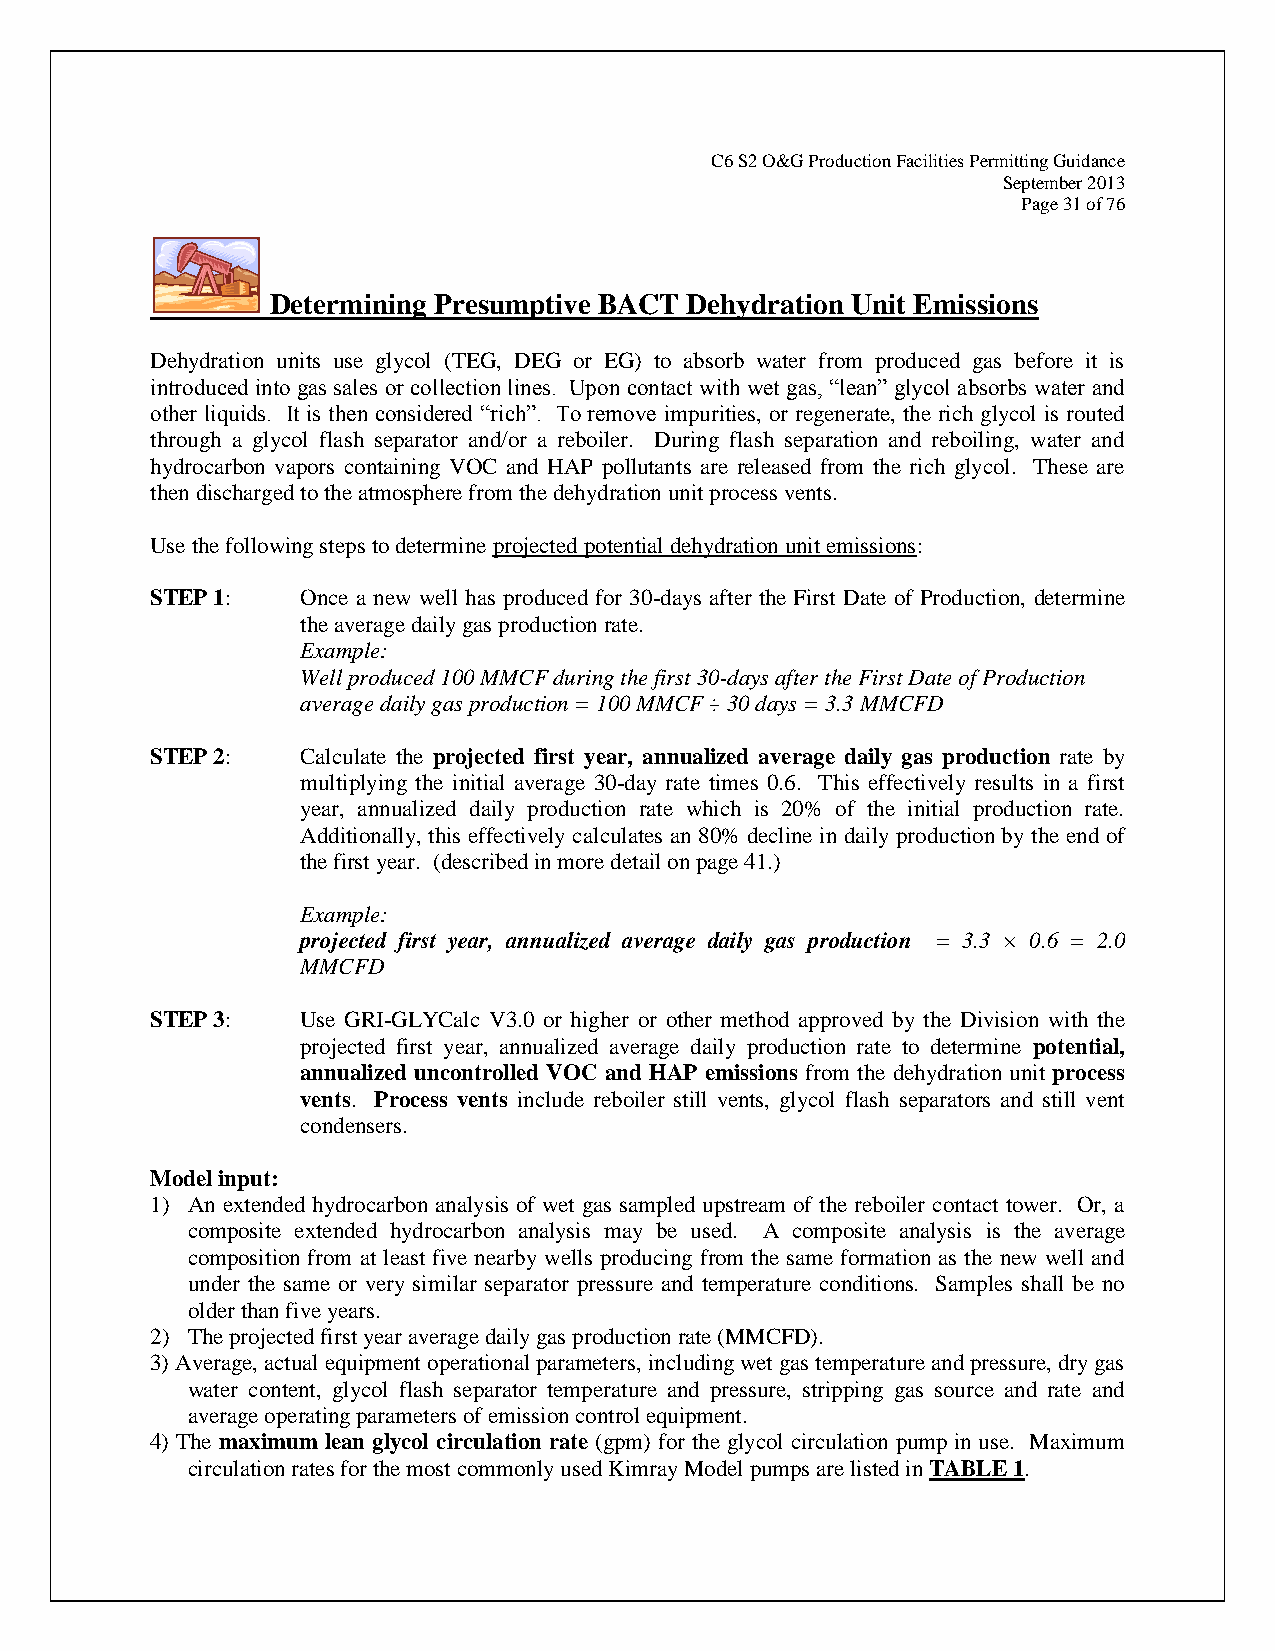
C6 S2 O&G Production Facilities Permitting Guidance
 September 2013
 Page 31 of 76
 Determining Presumptive BACT Dehydration Unit Emissions
 Dehydration units use glycol (TEG, DEG or EG) to absorb water from produced gas before it is
 introduced into gas sales or collection lines. Upon contact with wet gas, “lean” glycol absorbs water and
 other liquids. It is then considered “rich”. To remove impurities, or regenerate, the rich glycol is routed
 through a glycol flash separator and/or a reboiler. During flash separation and reboiling, water and
 hydrocarbon vapors containing VOC and HAP pollutants are released from the rich glycol. These are
 then discharged to the atmosphere from the dehydration unit process vents.
 Use the following steps to determine projected potential dehydration unit emissions:
 STEP 1:   Once a new well has produced for 30-days after the First Date of Production, determine
 the average daily gas production rate.
 Example:
 Well produced 100 MMCF during the first 30-days after the First Date of Production
 average daily gas production = 100 MMCF ÷ 30 days = 3.3 MMCFD
 STEP 2:   Calculate the projected first year, annualized average daily gas production rate by
 multiplying the initial average 30-day rate times 0.6. This effectively results in a first
 year, annualized daily production rate which is 20% of the initial production rate.
 Additionally, this effectively calculates an 80% decline in daily production by the end of
 the first year. (described in more detail on page 41.)
 Example:
 projected first year, annualized average daily gas production = 3.3 × 0.6 = 2.0
 MMCFD
 STEP 3:   Use GRI-GLYCalc V3.0 or higher or other method approved by the Division with the
 projected first year, annualized average daily production rate to determine potential,
 annualized uncontrolled VOC and HAP emissions from the dehydration unit process
 vents. Process vents include reboiler still vents, glycol flash separators and still vent
 condensers.
 Model input:
 1) An extended hydrocarbon analysis of wet gas sampled upstream of the reboiler contact tower. Or, a
 composite extended hydrocarbon analysis may be used. A composite analysis is the average
 composition from at least five nearby wells producing from the same formation as the new well and
 under the same or very similar separator pressure and temperature conditions. Samples shall be no
 older than five years.
 2) The projected first year average daily gas production rate (MMCFD).
 3) Average, actual equipment operational parameters, including wet gas temperature and pressure, dry gas
 water content, glycol flash separator temperature and pressure, stripping gas source and rate and
 average operating parameters of emission control equipment.
 4) The maximum lean glycol circulation rate (gpm) for the glycol circulation pump in use. Maximum
 circulation rates for the most commonly used Kimray Model pumps are listed in TABLE 1.